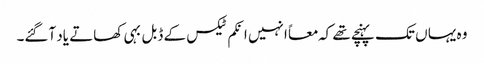
وہ یہا ں تک پہنچے تھے کہ معاً انہیں انکم ٹیکس کے ڈبل بہی کھاتے یاد آگئے۔